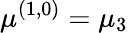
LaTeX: \mu^{(1,0)}=\mu_{3}